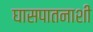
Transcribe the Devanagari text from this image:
घासपातनाशी